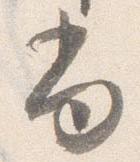
尚